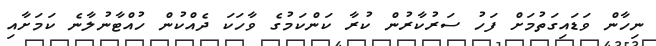
ނިހާން ވަޑައިގަތުމަށް ފަހު ސަރުކާރުން ކުރާ ކަންކަމުގެ ވާހަކަ ދެއްކުން ހުއްޓާނުލާނެ ކަމަށާއި